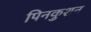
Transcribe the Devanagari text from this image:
पिनकुशन